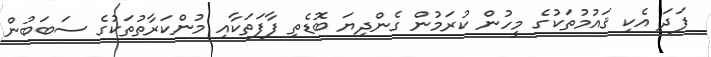
ފަދަ އެކި ޤައުމުތަކުގެ މީހުން ކުރަމުން ގެންދިޔަ ބޮޑެތި ފާފަތަކާއި މުންކަރާތުތަކުގެ ސަބަބުން